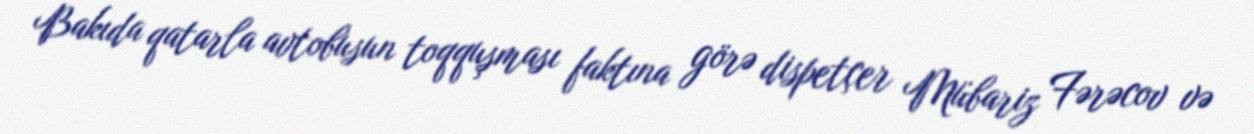
Bakıda qatarla avtobusun toqquşması faktına görə dispetçer Mübariz Fərəcov və